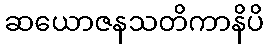
ဆယောဇနသတိကာနိပိ